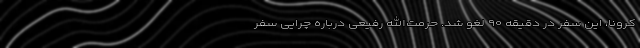
کرونا، این سفر در دقیقه ۹۰ لغو شد. حرمت‌الله رفیعی درباره چرایی سفر